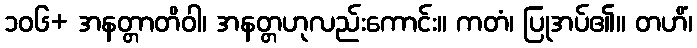
၁၀၆+ အနတ္တာတိဝါ၊ အနတ္တဟုလည်းကောင်း။ ကတံ၊ ပြုအပ်၏။ တဟိံ၊